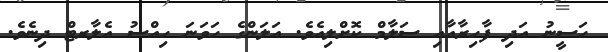
ހަސީނު އަދި ފާހިރާއާއި ސަލާމް ކޮށްލިއެވެ. އަލަންގެ ހަވަނަ ހިއްސު އެލާރޓް ދިނެވެ.